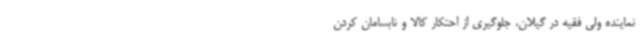
نماینده ولی فقیه در گیلان، جلوگیری از احتکار کالا و نابسامان کردن